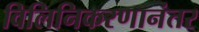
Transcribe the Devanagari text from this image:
विलिनिकरणानंतर